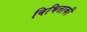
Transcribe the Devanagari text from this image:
बिभिताकी